Vaccination in Bombay 1902-1912 - 1902-1912
Year: 1902
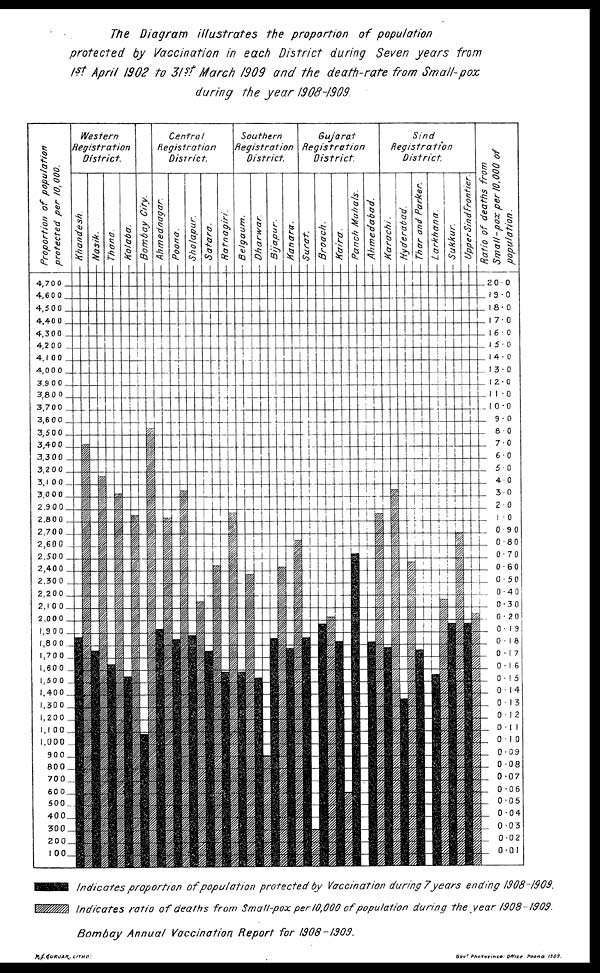
The Diagram illustrates the proportion of population
protected by Vaccination in each District during Seven years from
1st April 1902 to 31st March 1909 and the death-rate from Small-pox
during the year 1908-1909.